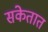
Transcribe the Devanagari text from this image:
संकेतात